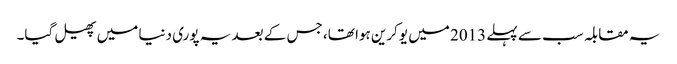
یہ مقابلہ سب سے پہلے 2013 میں یوکرین ہوا تھا، جس کے بعد یہ پوری دنیا میں پھیل گیا۔